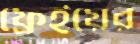
ফ্রেইয়ের